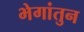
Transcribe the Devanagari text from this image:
भेगांतुन